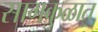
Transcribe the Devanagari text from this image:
सागकुळात